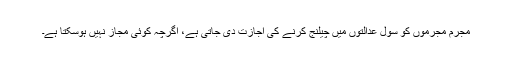
مجرم مجرموں کو سول عدالتوں میں چیلنج کرنے کی اجازت دی جاتی ہے، اگرچہ کوئی مجاز نہیں ہوسکتا ہے۔